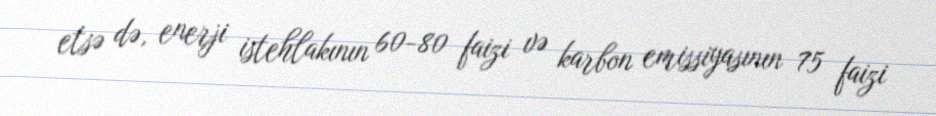
etsə də, enerji istehlakının 60-80 faizi və karbon emissiyasının 75 faizi